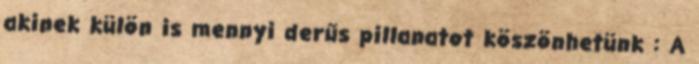
akinek külön is mennyi derűs pillanatot köszönhetünk : A